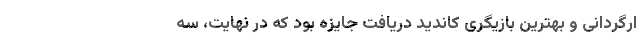
ارگردانی و بهترین بازیگری کاندید دریافت جایزه بود که در نهایت، سه